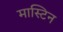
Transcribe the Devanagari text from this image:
मास्टिन